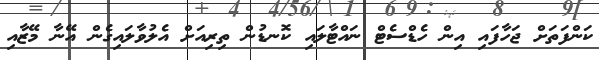
ކަންފަތަށް ޖަހާފައި އިން ހެޑްސެޓް ނައްޓާލައި ކޮނޑުން ތިރިއަށް އެލުވާލައިގެން އޭނާ މޭޒާއި